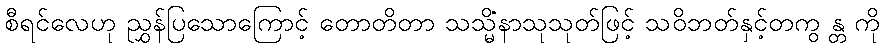
စီရင်လေဟု ညွှန်ပြသောကြောင့် တောတိတာ သသ္မိံနာသုသုတ်ဖြင့် သဝိဘတ်နှင့်တကွ န္တ ကို